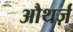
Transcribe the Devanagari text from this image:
औथर्ज़